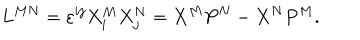
L ^ { M N } = \varepsilon ^ { i j } X _ { i } ^ { M } X _ { j } ^ { N } = X ^ { M } P ^ { N } - X ^ { N } P ^ { M } .